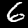
Digit: 6